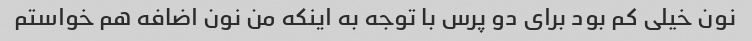
نون خیلی کم بود برای دو پرس با توجه به اینکه من نون اضافه هم خواستم